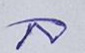
ล